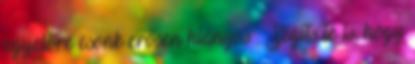
egyelőre csonk erősen hiányos . Segíts te is, hogy